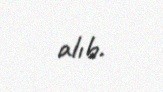
alıb.